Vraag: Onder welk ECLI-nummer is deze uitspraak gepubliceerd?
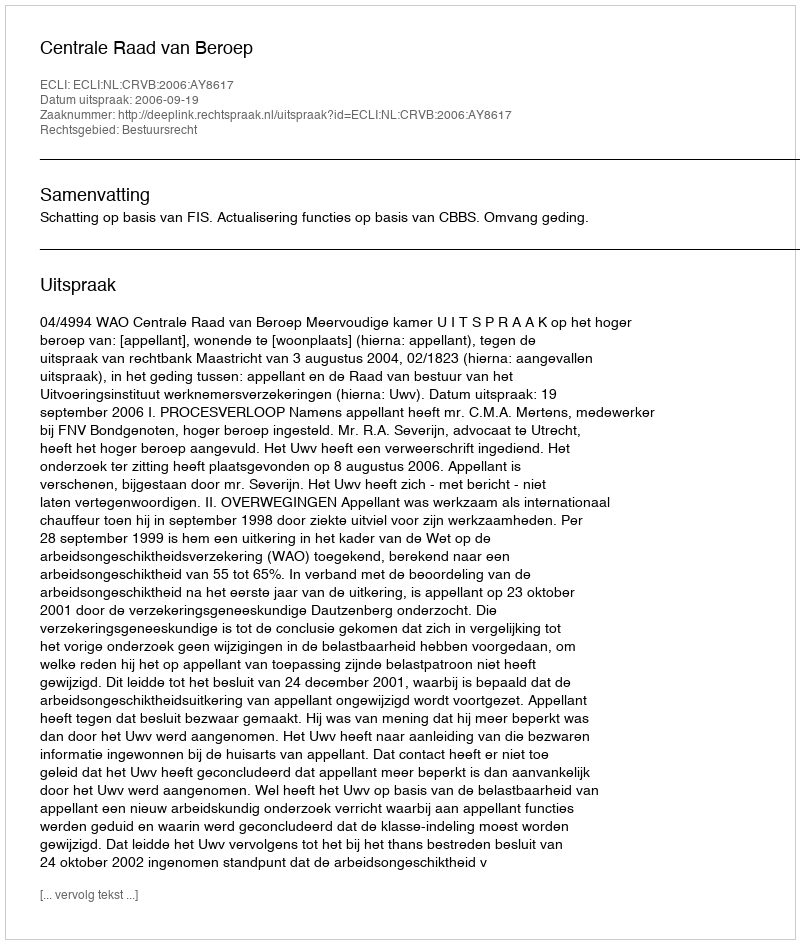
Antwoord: ECLI:NL:CRVB:2006:AY8617